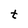
Character: t